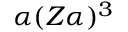
\alpha ( Z \alpha ) ^ { 3 }